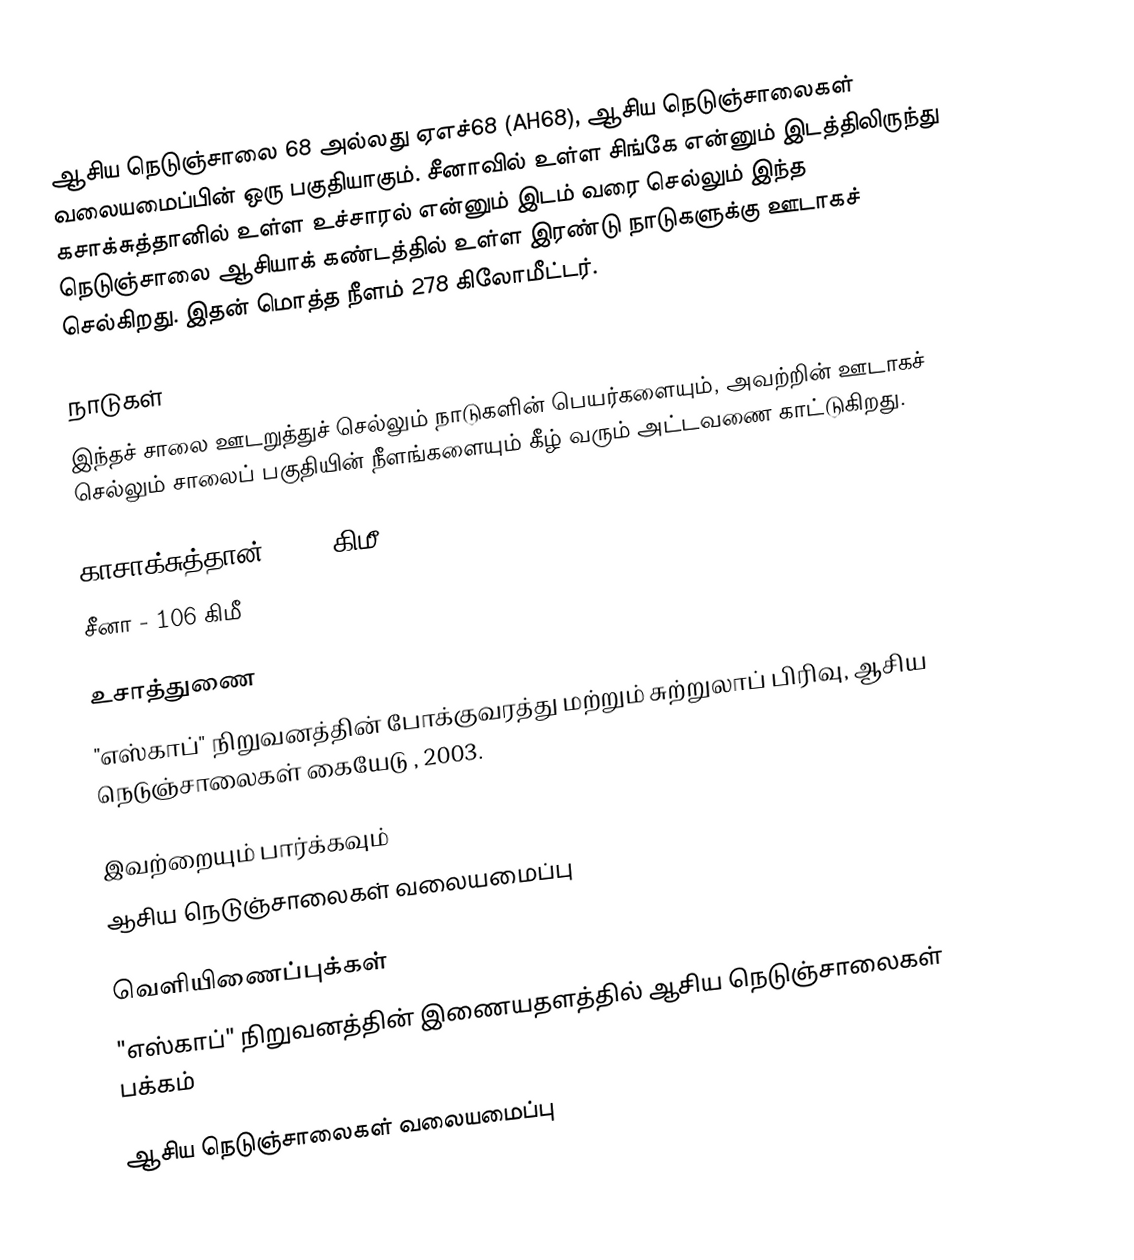
ஆசிய நெடுஞ்சாலை 68 அல்லது ஏஎச்68 (AH68), ஆசிய நெடுஞ்சாலைகள் வலையமைப்பின் ஒரு பகுதியாகும். சீனாவில் உள்ள சிங்கே என்னும் இடத்திலிருந்து கசாக்சுத்தானில் உள்ள உச்சாரல் என்னும் இடம் வரை செல்லும் இந்த நெடுஞ்சாலை ஆசியாக் கண்டத்தில் உள்ள இரண்டு நாடுகளுக்கு ஊடாகச் செல்கிறது. இதன் மொத்த நீளம் 278 கிலோமீட்டர்.

நாடுகள்
இந்தச் சாலை ஊடறுத்துச் செல்லும் நாடுகளின் பெயர்களையும், அவற்றின் ஊடாகச் செல்லும் சாலைப் பகுதியின் நீளங்களையும் கீழ் வரும் அட்டவணை காட்டுகிறது.

 காசாக்சுத்தான் - 184 கிமீ
 சீனா - 106 கிமீ

உசாத்துணை
 "எஸ்காப்" நிறுவனத்தின் போக்குவரத்து மற்றும் சுற்றுலாப் பிரிவு, ஆசிய நெடுஞ்சாலைகள் கையேடு , 2003.

இவற்றையும் பார்க்கவும்
 ஆசிய நெடுஞ்சாலைகள் வலையமைப்பு

வெளியிணைப்புக்கள்
 "எஸ்காப்" நிறுவனத்தின் இணையதளத்தில் ஆசிய நெடுஞ்சாலைகள் பக்கம்

 ஆசிய நெடுஞ்சாலைகள் வலையமைப்பு